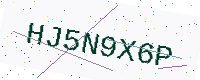
Text: HJ5N9X6P